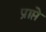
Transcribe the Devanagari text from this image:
प्राप्ते